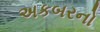
અકબરનો